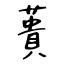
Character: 蕢